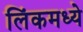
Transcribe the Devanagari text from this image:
लिंकमध्ये